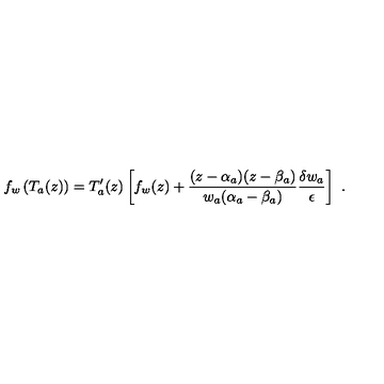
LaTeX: f _ { w } \left( T _ { a } ( z ) \right) = T _ { a } ^ { \prime } ( z ) \left[ f _ { w } ( z ) + \frac { ( z - \alpha _ { a } ) ( z - \beta _ { a } ) } { w _ { a } ( \alpha _ { a } - \beta _ { a } ) } \frac { \delta w _ { a } } { \epsilon } \right] \ .